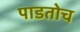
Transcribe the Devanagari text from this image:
पाडतोच